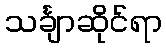
သင်္ချာဆိုင်ရာ